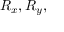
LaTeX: R _ { x } , R _ { y } ,